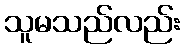
သူမသည်လည်း